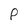
Character: P